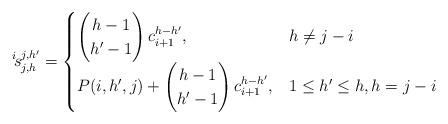
LaTeX: \begin{align*}{}^{i}\!s^{j,h'}_{j,h}=\begin{cases}\left(\begin{matrix}h-1\\ h'-1\end{matrix}\right)c_{i+1}^{h-h'}, & h\neq j-i \\P(i,h',j)+\left(\begin{matrix}h-1\\ h'-1\end{matrix}\right)c_{i+1}^{h-h'},& 1\leq h'\leq h, h=j-i\end{cases}\end{align*}